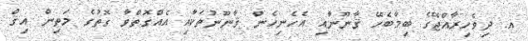
އ. ދިވެހިރާއްޖޭގެ ބިމާބެހޭ ޤާނޫނާއި އެހެނިހެން ޤާނޫނުތަކާއި އެއްގޮތްވާ ގޮތުގެ މަތިން އިޤް